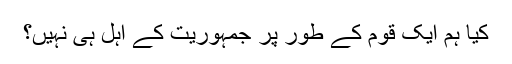
کیا ہم ایک قوم کے طور پر جمہوریت کے اہل ہی نہیں؟